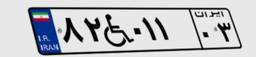
۸۲W۰۱۱۰۳